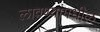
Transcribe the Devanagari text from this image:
लावण्यांमधील